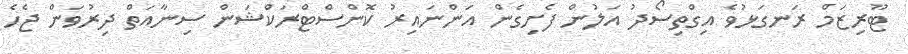
ޓޫރިޒަމް ރަނގަޅުވެ އިގްތިސޯދު އަލުން ފެށިގެން އަންނައިރު ކޮންސްޓްރަކްޝަން ސިނާއަތް ދިރުވަން ޖެހެ